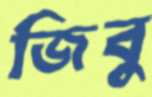
জিবু